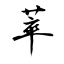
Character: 萃